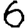
Digit: 6